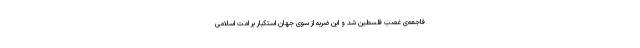
فاجعه‌ی غصب فلسطین شد و این ضربه از سوی جهان استکبار بر امّت اسلامی